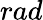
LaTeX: rad